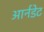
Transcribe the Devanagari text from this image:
आर्नडेट